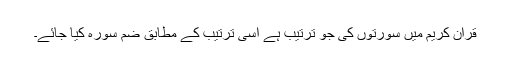
قرآن کریم میں سورتوں کی جو ترتیب ہے اسی ترتیب کے مطابق ضم سورہ کیا جائے۔